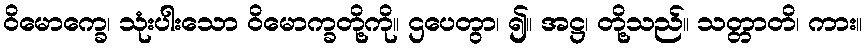
ဝိမောက္ခေ၊ သုံးပါးသော ဝိမောက္ခတို့ကို။ ဌပေတွာ၊ ၍။ အဋ္ဌ၊ တို့သည်။ သတ္တာတိ၊ ကား။